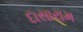
દાસારામ